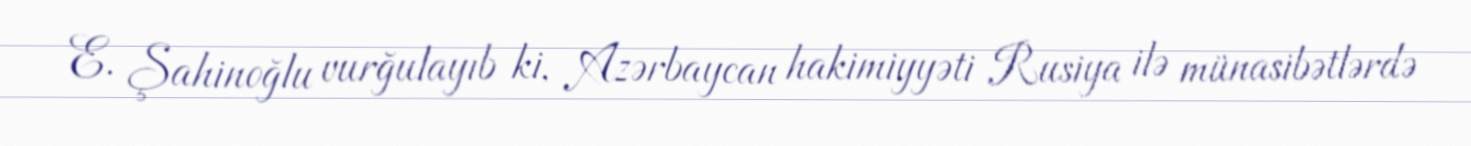
E. Şahinoğlu vurğulayıb ki, Azərbaycan hakimiyyəti Rusiya ilə münasibətlərdə